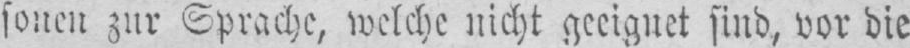
sonen zur Sprache, welche nicht geeignet sind, vor die